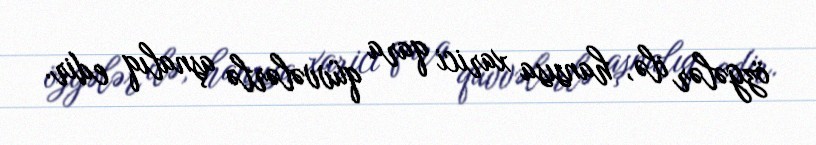
özgələr ilə, hansısa xarici qara qüvvələrlə aşnalıq edir.